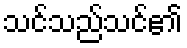
သင်သည်သင်၏